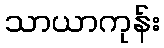
သာယာကုန်း